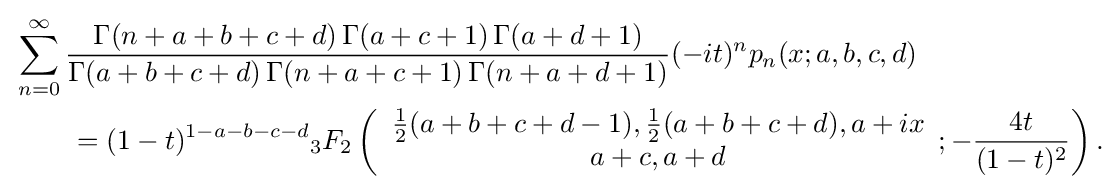
{\begin{aligned}&\sum _{n=0}^{\infty }{\frac {\Gamma (n+a+b+c+d)\,\Gamma (a+c+1)\,\Gamma (a+d+1)}{\Gamma (a+b+c+d)\,\Gamma (n+a+c+1)\,\Gamma (n+a+d+1)}}(-it)^{n}p_{n}(x;a,b,c,d)\\&\qquad =(1-t)^{1-a-b-c-d}{}_{3}F_{2}\left({\begin{array}{c}{\frac {1}{2}}(a+b+c+d-1),{\frac {1}{2}}(a+b+c+d),a+ix\\a+c,a+d\end{array}};-{\frac {4t}{(1-t)^{2}}}\right).\end{aligned}}